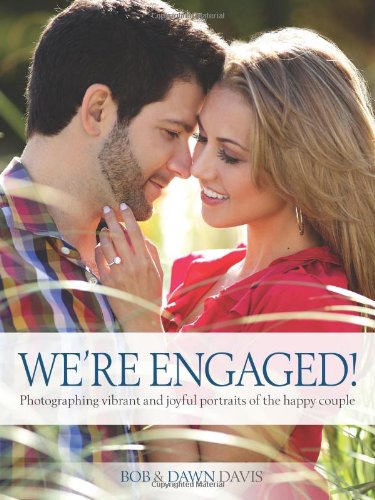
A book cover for We're Engaged!: Photographing Vibrant and Joyful Portraits of the Happy Couple; Bob Davis; Crafts, Hobbies & Home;